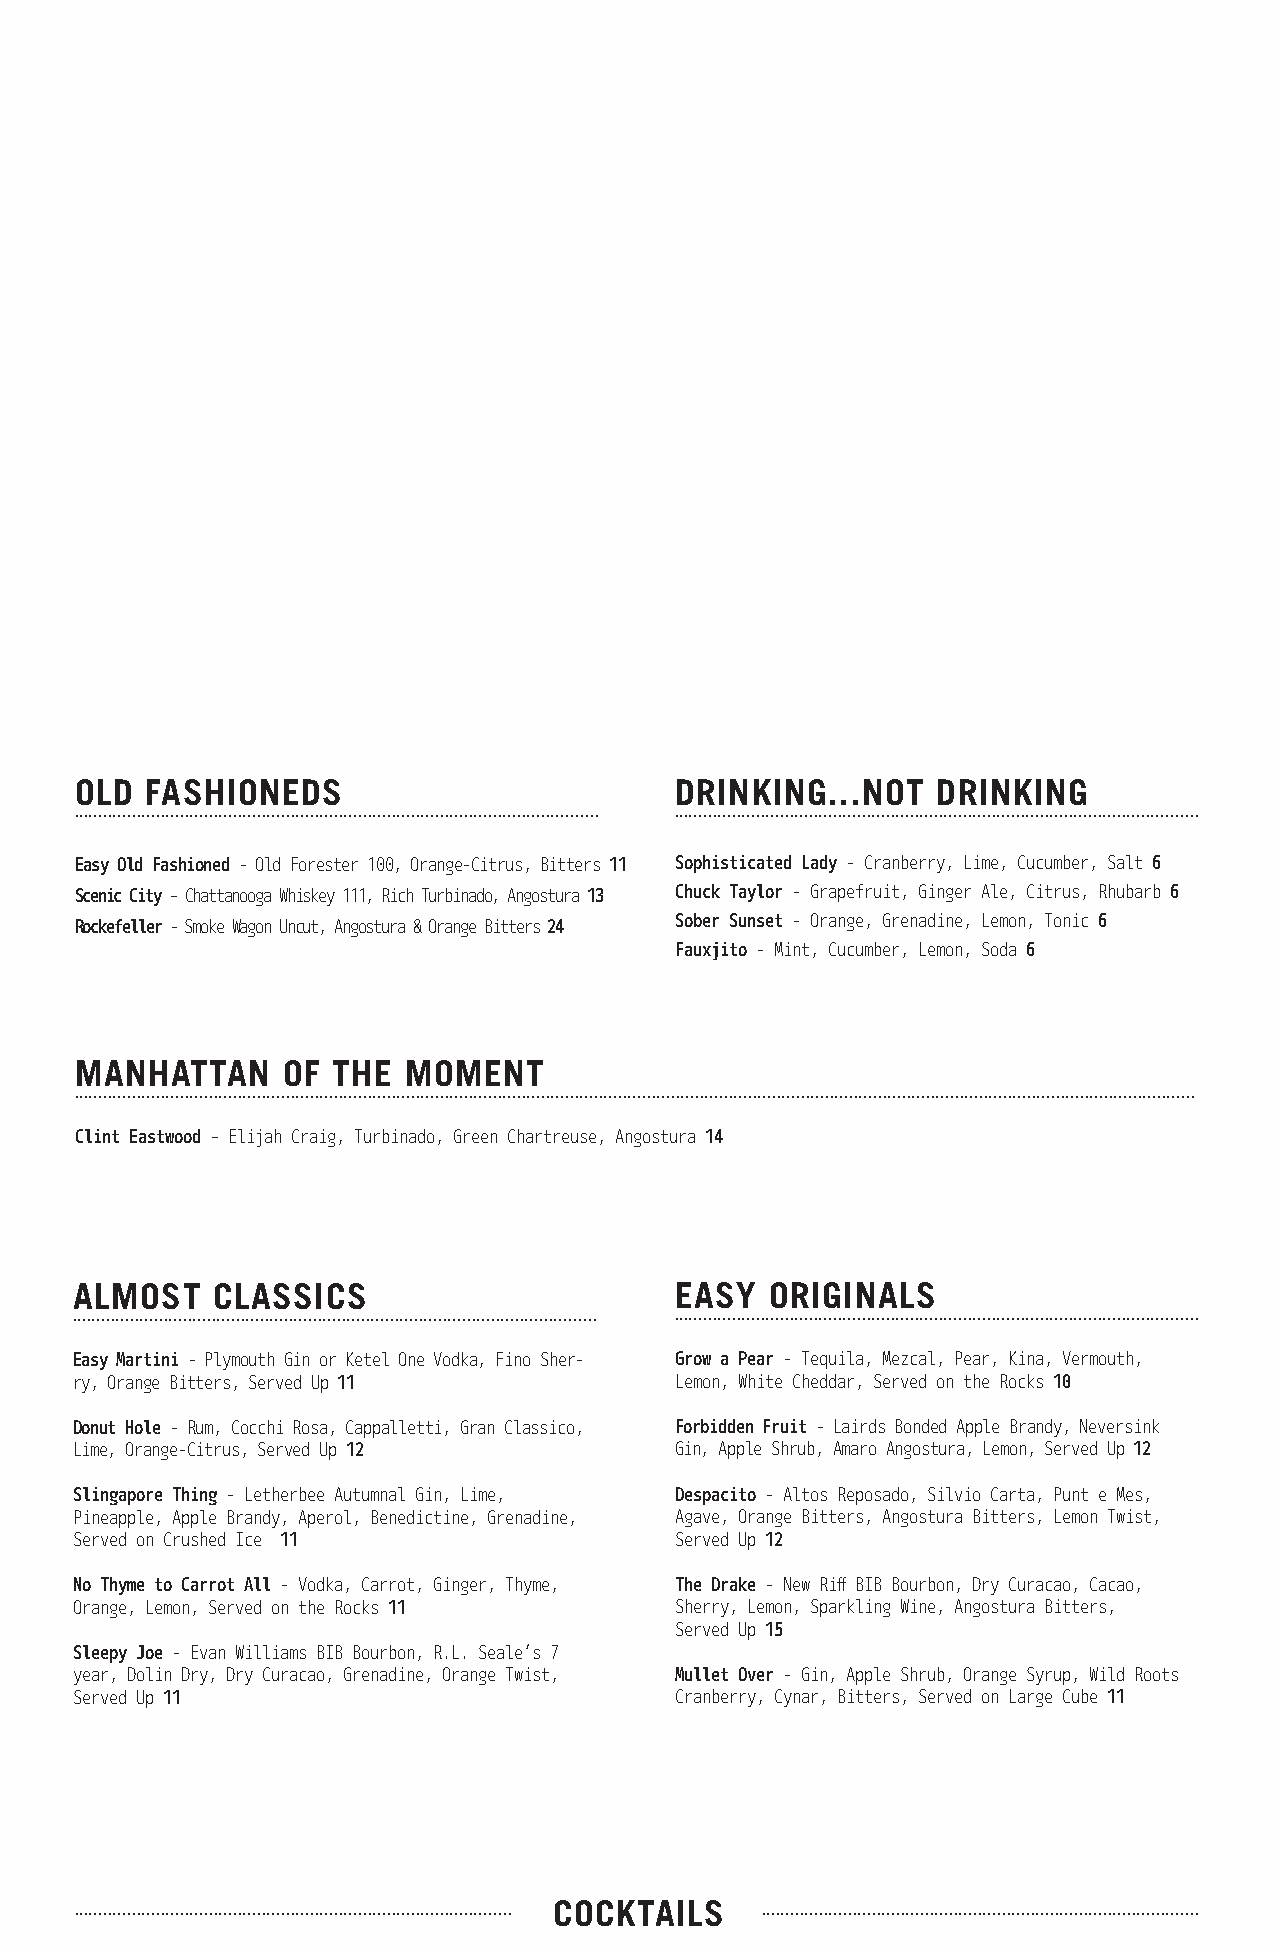
OLD  FASHIONEDS                         DRINKING...NOT   DRINKING
 ............................................................................................................. .............................................................................................................
 Easy Old Fashioned - Old Forester 100, Orange-Citrus, Bitters 11 Sophisticated Lady - Cranberry, Lime, Cucumber, Salt 6
 Scenic City - Chattanooga Whiskey 111, Rich Turbinado, Angostura 13 Chuck Taylor - Grapefruit, Ginger Ale, Citrus, Rhubarb 6
 Rockefeller - Smoke Wagon Uncut, Angostura & Orange Bitters 24 Sober Sunset - Orange, Grenadine, Lemon, Tonic 6
 Fauxjito - Mint, Cucumber, Lemon, Soda 6
 MANHATTAN     OF THE  MOMENT
 .........................................................................................................................................................................................................................................
 Clint Eastwood - Elijah Craig, Turbinado, Green Chartreuse, Angostura 14
 ALMOST   CLASSICS                       EASY  ORIGINALS
 ............................................................................................................. .............................................................................................................
 Easy Martini - Plymouth Gin or Ketel One Vodka, Fino Sher- Grow a Pear - Tequila, Mezcal, Pear, Kina, Vermouth,
 ry, Orange Bitters, Served Up 11        Lemon, White Cheddar, Served on the Rocks 10
 Donut Hole - Rum, Cocchi Rosa, Cappalletti, Gran Classico, Forbidden Fruit - Lairds Bonded Apple Brandy, Neversink
 Lime, Orange-Citrus, Served Up 12       Gin, Apple Shrub, Amaro Angostura, Lemon, Served Up 12
 Slingapore Thing - Letherbee Autumnal Gin, Lime, Despacito - Altos Reposado, Silvio Carta, Punt e Mes,
 Pineapple, Apple Brandy, Aperol, Benedictine, Grenadine, Agave, Orange Bitters, Angostura Bitters, Lemon Twist,
 Served on Crushed Ice 11                Served Up 12
 No Thyme to Carrot All - Vodka, Carrot, Ginger, Thyme, The Drake - New Riff BIB Bourbon, Dry Curacao, Cacao,
 Orange, Lemon, Served on the Rocks 11   Sherry, Lemon, Sparkling Wine, Angostura Bitters,
 Served Up 15
 Sleepy Joe - Evan Williams BIB Bourbon, R.L. Seale’s 7
 year, Dolin Dry, Dry Curacao, Grenadine, Orange Twist, Mullet Over - Gin, Apple Shrub, Orange Syrup, Wild Roots
 Served Up 11                            Cranberry, Cynar, Bitters, Served on Large Cube 11
 ........................................................................................... COCKTAILS ...........................................................................................